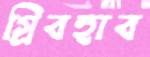
গ্রিবহাব